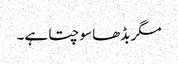
مگر بڈھا سوچتا ہے ۔